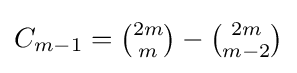
C_{m-1}={\tbinom {2m}{m}}-{\tbinom {2m}{m-2}}